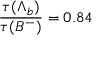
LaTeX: { \frac { \tau ( \Lambda _ { b } ) } { \tau ( B ^ { - } ) } } = 0 . 8 4